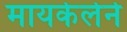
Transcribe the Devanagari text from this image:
मायकेलेने